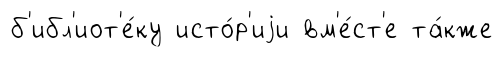
б'ибл'иот'е́ку исто́р'иjи вм'е́ст'е та́кже